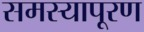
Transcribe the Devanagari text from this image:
समस्यापूरण